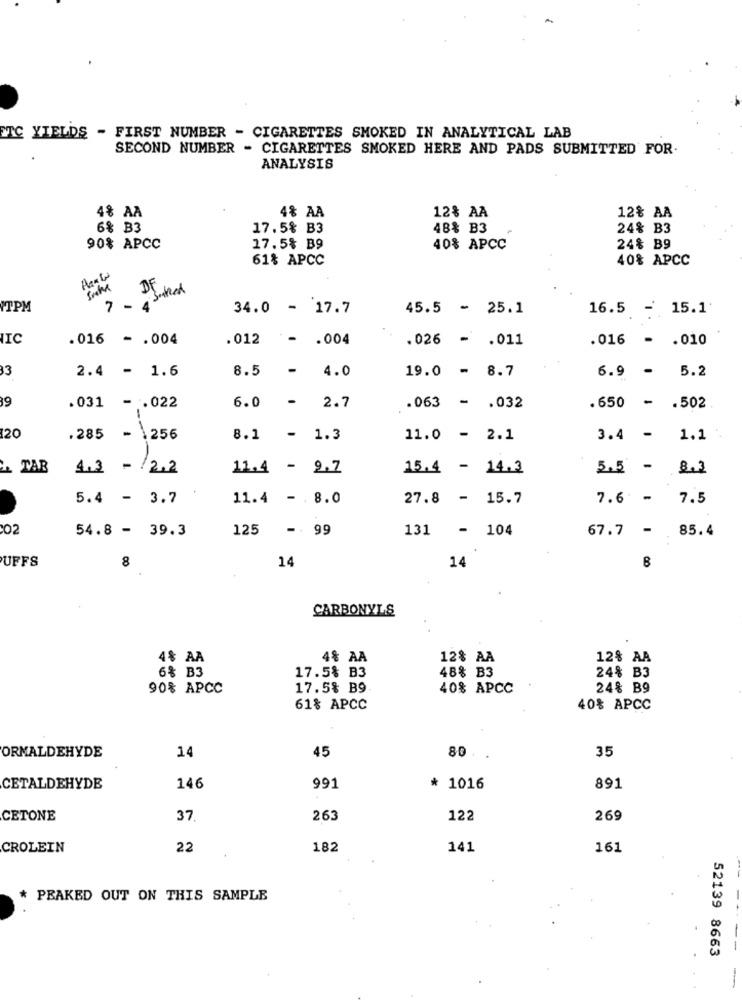
ETC YIELDS - FIRST NUMBER - CIGARETTES SMOKED IN ANALYTICAL LAB
SECOND NUMBER - CIGARETTES SMOKED HERE AND PADS SUBMITTED FOR.
ANALYSIS
4% AA
4% AA
12% AA
12& AA
6% B3
17.5% B3
48% B3
24% B3
90% APCC
17.5% B9
40% APCC
24% B9
61% APCC
40% APCC
At& t
FTPM
7 - 4
34.0 - 17.7
45.5 - 25.1
16.5 - 15.1
IIC
.016 - . 004
.012
- . 004
.026 - . 011
.016 - . 010
33
2.4 - 1.6
8.5
-
6.9 - 5.2
4.0
19.0 - 8.7
39
-
.031 - . 022
6.0
2.7
.063 - . 032
.650 - . 502
20
.285 - 256
8.1
- 1.3
11.0 - 2.1
3.4 -
1.1
& TAB
4.3 - /2.2
11.4 -
9.7
15.4 - 14.3
5.5 -
8.3
5.4 - 3.7
11.4 - . 8.0
27.8 - 15.7
7.6 -
7.5
02
54.8 - 39.3
125 - 99
131 - 104
85.4
67.7 -
..
UFFS
8
14
14
B
CARBONYLS
4% AA
4% AA
12% AA
12% AA
6% B3
17.5% B3
48% B3
24% B3
90% APCC
17.5% B9
40% APCC
24% B9
61% APCC
40% APCC
14
45
35
ORMALDEHYDE
8. ..
CETALDEHYDE
146
991
* 1016
891
CETONE
37.
263
122
269
CROLEIN
22
182
141
161
* PEAKED OUT ON THIS SAMPLE
--
52139 8663
-